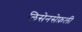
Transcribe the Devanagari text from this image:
लिसेनसेफ़ली